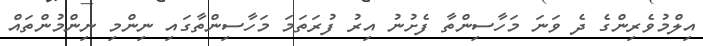
އިލްމުވެރިންގެ ދެ ވަނަ މަހާސިންތާ ފެށުނު އިރު ފުރަތަމަ މަހާސިންތާގައި ނިންމި ނިންމުންތައް